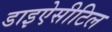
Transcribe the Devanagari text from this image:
डाइऐसीटिल